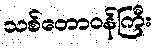
သစ်တောဝန်ကြီး